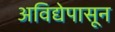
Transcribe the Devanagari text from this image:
अविद्येपासून